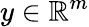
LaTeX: y\in\mathbb{R}^{m}